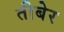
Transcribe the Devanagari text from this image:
तीबेर